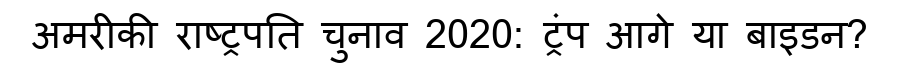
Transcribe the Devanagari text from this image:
अमरीकी राष्ट्रपति चुनाव 2020: ट्रंप आगे या बाइडन?